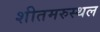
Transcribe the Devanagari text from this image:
शीतमरुस्थल